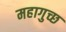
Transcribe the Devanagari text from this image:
महागुच्छ